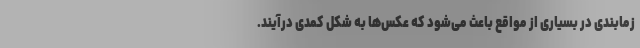
زمابندی در بسیاری از مواقع باعث می‌شود که عکس‌ها به شکل کمدی درآیند.